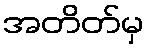
အတိတ်မှ